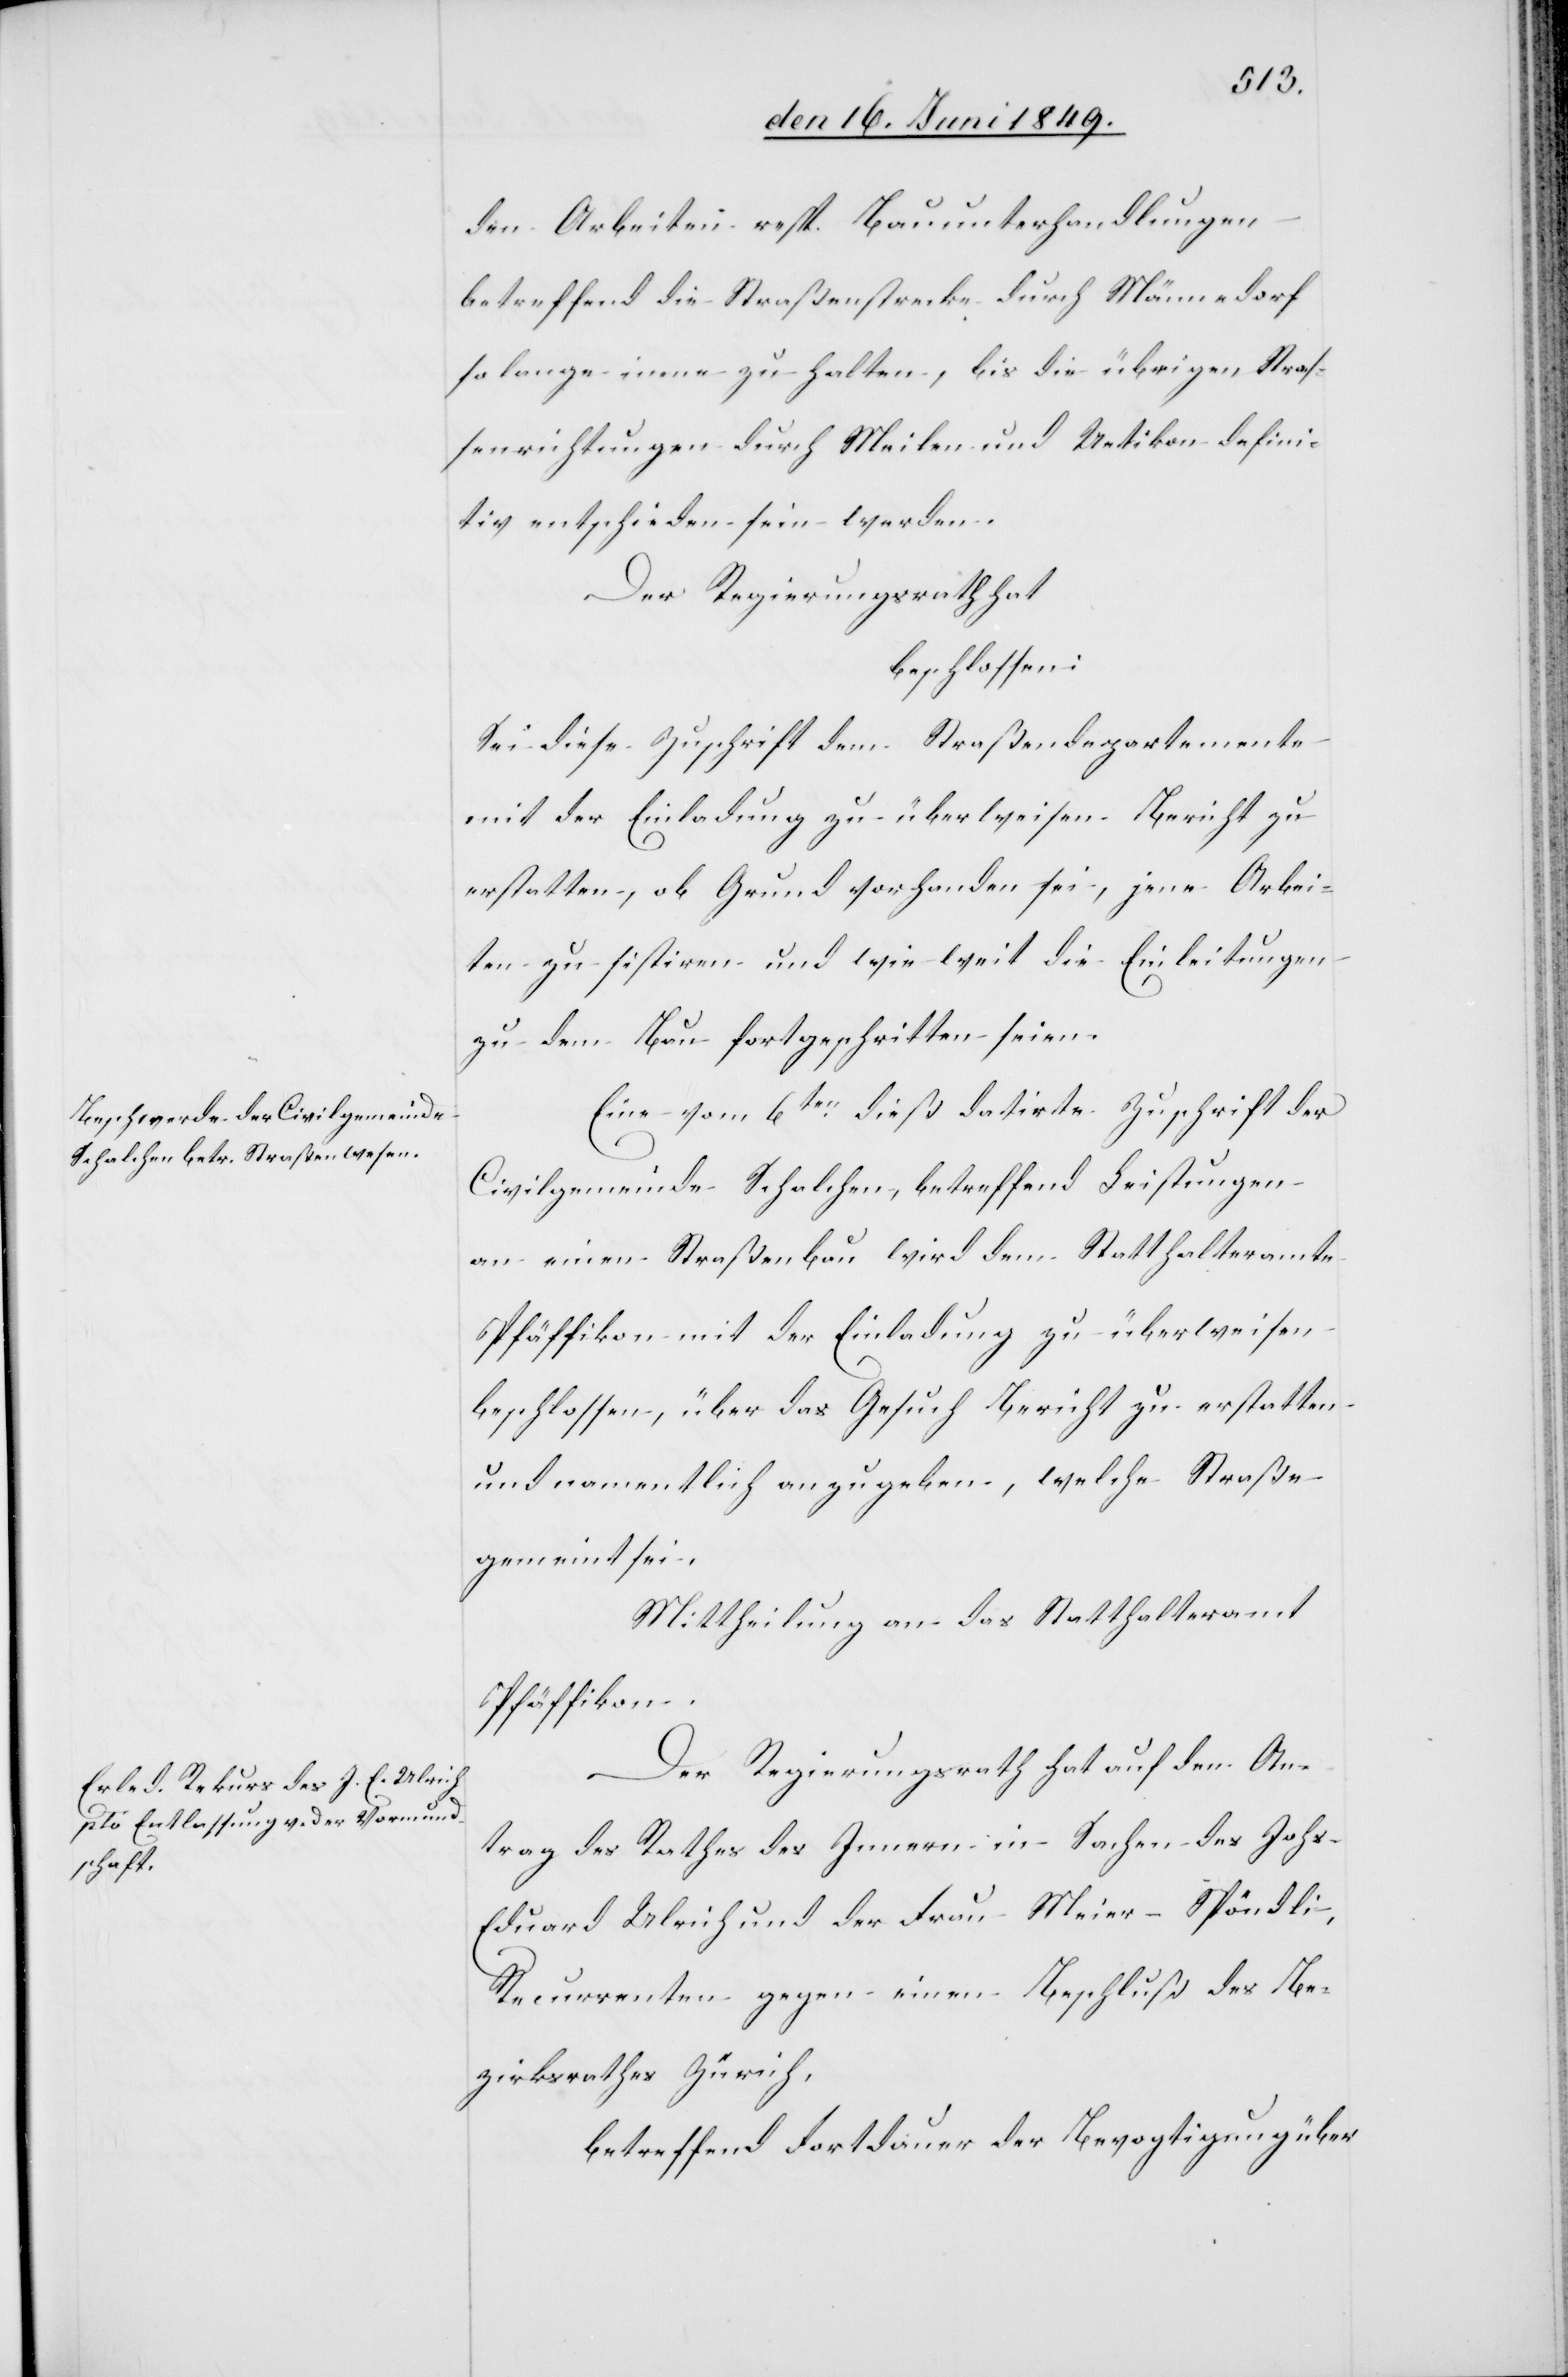
den Arbeiten resp. Bauunterhandlungen
betreffend die Straßenstrecke durch Männedorf
so lange inne zu halten, bis die übrigen, Stras¬
senrichtungen durch Meilen und Uetikon defini¬
tiv entschieden sein werden.
Der Regierungsrath hat
beschlossen:
Sei diese Zuschrift dem Straßendepartemente
mit der Einladung zu überweisen Bericht zu
erstatten, ob Grund vorhanden sei, jene Arbei¬
ten zu sistiren und wie weit die Einleitungen
zu dem Bau fortgeschritten seien.
Eine vom 6ten dieß datirte Zuschrift der
Civilgemeinde Schalchen, betreffend Leistungen
an einen Straßenbau wird dem Statthalteramte
Pfäffikon mit der Einladung zu überweisen
beschlossen, über das Gesuch Bericht erstatten
und namentlich anzugeben, welche Straße
gemeint sei.
Mittheilung an das Statthalteramt
Pfäffikon.
Der Regierungsrath hat auf den An¬
trag des Rathes des Innern in Sachen des Johs-E¬
duard Ulrich und der Frau Meier-Spöndli,
Recurrenten gegen einen Beschluß des Be¬
zirksrathes Zürich,
betreffend Fortdauer der Bevogtigung über